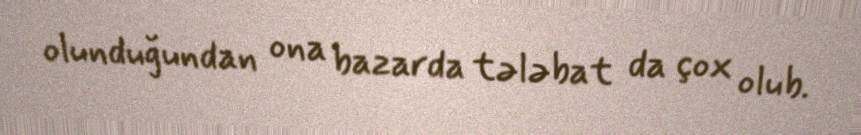
olunduğundan ona bazarda tələbat da çox olub.